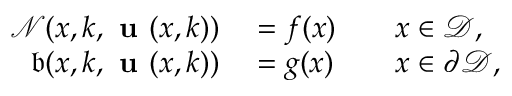
\begin{array} { r l r l } { \mathcal { N } ( \boldsymbol { x } , \boldsymbol { k } , \textbf { u } ( \boldsymbol { x } , \boldsymbol { k } ) ) } & { { } = f ( \boldsymbol { x } ) } & { } & { { } \boldsymbol { x } \in \mathcal { D } , } \\ { \mathfrak { b } ( \boldsymbol { x } , \boldsymbol { k } , \textbf { u } ( \boldsymbol { x } , \boldsymbol { k } ) ) } & { { } = g ( \boldsymbol { x } ) } & { } & { { } \boldsymbol { x } \in \partial \mathcal { D } , } \end{array}